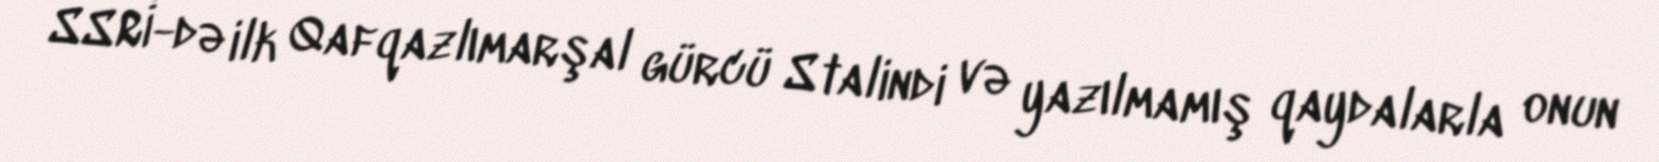
SSRİ-də ilk Qafqazlımarşal gürcü Stalindi və yazılmamış qaydalarla onun